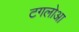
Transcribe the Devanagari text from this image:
टगलोआ